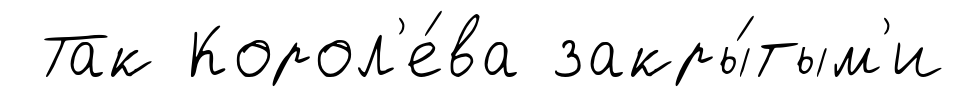
Так Корол'е́ва закры́тым'и